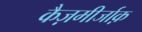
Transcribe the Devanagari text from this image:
कैज़मीर्जाक़